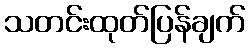
သတင်းထုတ်ပြန်ချက်